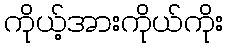
ကိုယ့်အားကိုယ်ကိုး